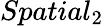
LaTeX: Spatial_{2}